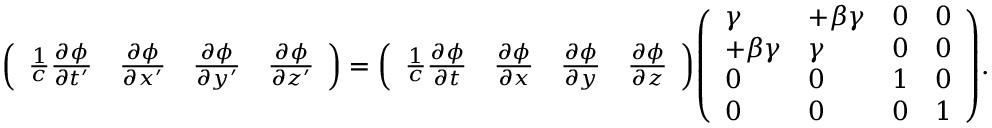
{ \left( \begin{array} { l l l l } { { \frac { 1 } { c } } { \frac { \partial \phi } { \partial t ^ { \prime } } } } & { { \frac { \partial \phi } { \partial x ^ { \prime } } } } & { { \frac { \partial \phi } { \partial y ^ { \prime } } } } & { { \frac { \partial \phi } { \partial z ^ { \prime } } } } \end{array} \right) } = { \left( \begin{array} { l l l l } { { \frac { 1 } { c } } { \frac { \partial \phi } { \partial t } } } & { { \frac { \partial \phi } { \partial x } } } & { { \frac { \partial \phi } { \partial y } } } & { { \frac { \partial \phi } { \partial z } } } \end{array} \right) } { \left( \begin{array} { l l l l } { \gamma } & { + \beta \gamma } & { 0 } & { 0 } \\ { + \beta \gamma } & { \gamma } & { 0 } & { 0 } \\ { 0 } & { 0 } & { 1 } & { 0 } \\ { 0 } & { 0 } & { 0 } & { 1 } \end{array} \right) } .